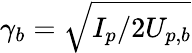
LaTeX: \gamma_{b}=\sqrt{I_{p}/2U_{p,b}}